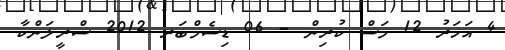
4 އަހަރު 12 މަސް ކުރިން - 06 ޑިސެމްބަރ 2012 ސްރީލަންކާ